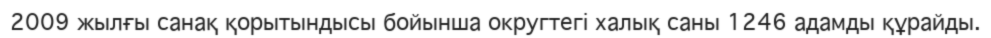
2009 жылғы санақ қорытындысы бойынша округтегі халық саны 1246 адамды құрайды.